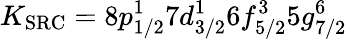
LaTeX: K_{\mathrm{SRC}}=8p_{1/2}^{1}7d_{3/2}^{1}6f_{5/2}^{3}5g_{7/2}^{6}